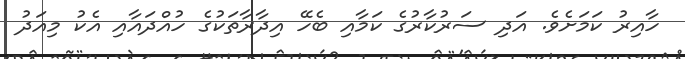
ހާއިރު ކަމަށެވެ. އަދި ސަރުކާރުގެ ކަމާއި ބެހޭ އިދާރާތަކުގެ ހުއްދައާއި އެކު މިއަދު